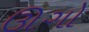
ઊગો